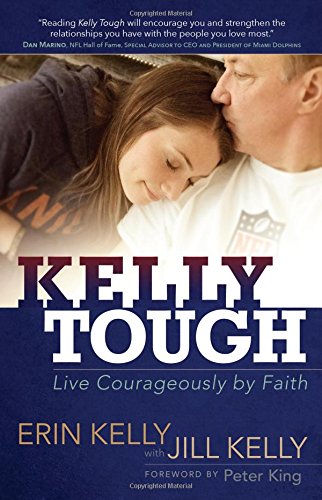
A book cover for Kelly Tough: Live Courageously by Faith; Erin Kelly; Biographies & Memoirs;